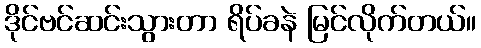
ဒိုင်ဗင်ဆင်းသွားတာ ရိပ်ခနဲ မြင်လိုက်တယ်။